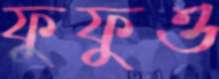
ফুফুও